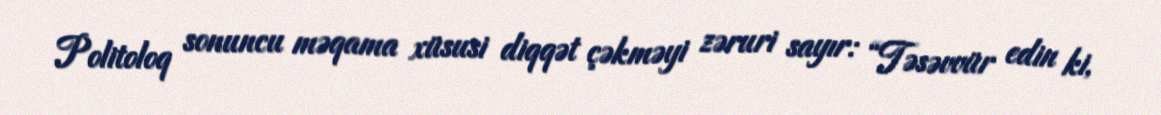
Politoloq sonuncu məqama xüsusi diqqət çəkməyi zəruri sayır: “Təsəvvür edin ki,